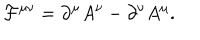
{ \cal F } ^ { \mu \nu } = \partial ^ { \mu } A ^ { \nu } - \partial ^ { \nu } A ^ { \mu } .